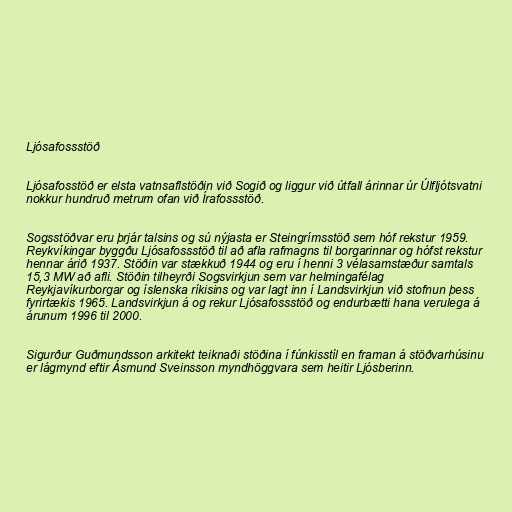
Ljósafossstöð

Ljósafosstöð er elsta vatnsaflstöðin við Sogið og liggur við útfall árinnar úr Úlfljótsvatni
nokkur hundruð metrum ofan við Írafossstöð.

Sogsstöðvar eru þrjár talsins og sú nýjasta er Steingrímsstöð sem hóf rekstur 1959.
Reykvíkingar byggðu Ljósafossstöð til að afla rafmagns til borgarinnar og hófst rekstur
hennar árið 1937. Stöðin var stækkuð 1944 og eru í henni 3 vélasamstæður samtals
15,3 MW að afli. Stöðin tilheyrði Sogsvirkjun sem var helmingafélag
Reykjavíkurborgar og íslenska ríkisins og var lagt inn í Landsvirkjun við stofnun þess
fyrirtækis 1965. Landsvirkjun á og rekur Ljósafossstöð og endurbætti hana verulega á
árunum 1996 til 2000.

Sigurður Guðmundsson arkitekt teiknaði stöðina í fúnkisstíl en framan á stöðvarhúsinu
er lágmynd eftir Ásmund Sveinsson myndhöggvara sem heitir Ljósberinn.